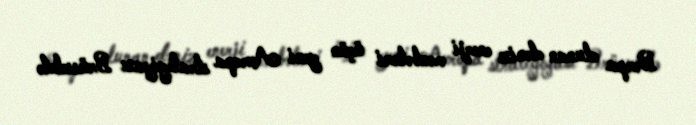
Bərpa olunan dəniz enerji mənbələri üçün yeni Avropa strategiyası Brüsseldə